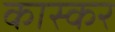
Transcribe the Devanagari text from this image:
कास्कर